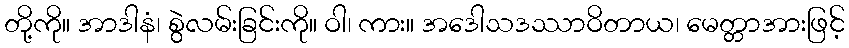
တို့ကို။ အာဒါနံ၊ စွဲလမ်းခြင်းကို။ ဝါ၊ ကား။ အဒေါသဒဿာဝိတာယ၊ မေတ္တာအားဖြင့်